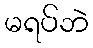
မရပ်ဘဲ